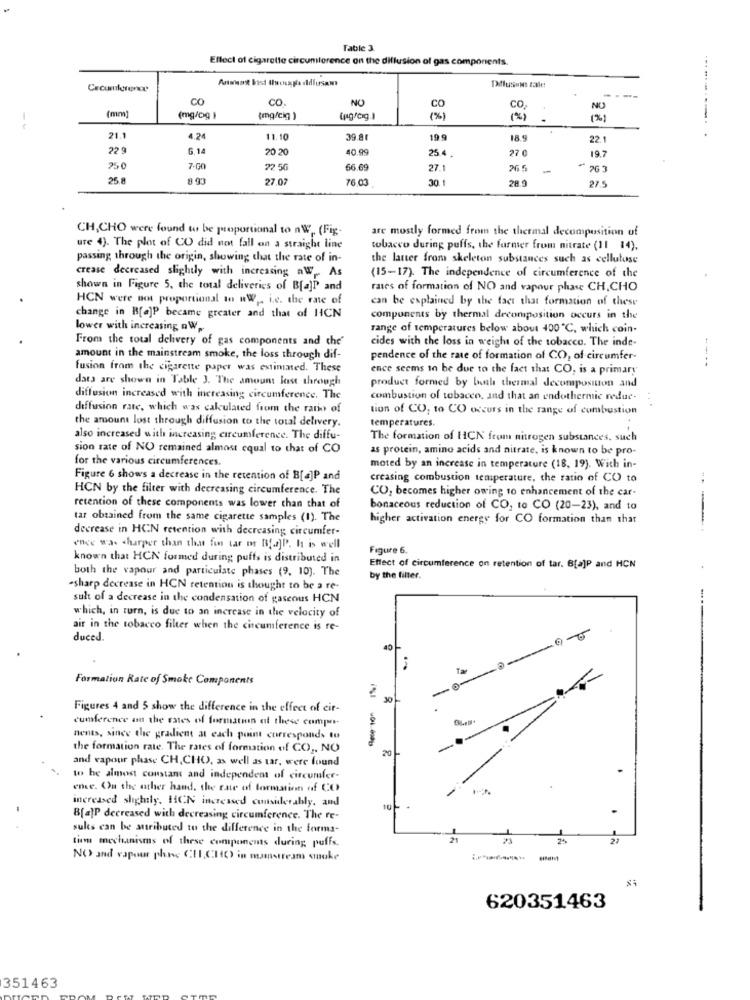
Fable 3
Effect of cigarette circumference on the dillusion of gas components.
Cecumlerence
Pflusson zale!
CO
CO.
NO
(mm
CO
co.
NO
(mg/c)g )
{mg/cig )
(%)
( % )
1%1
-----.
21.1
4.24
11.10
39.81
19.9
18.9
22.1
22 9
6.14
0 20
40.99
25.4.
27 0
19.7
250
7.GO
22 56
66.69
27.1
265
-
25.8
8.93
27.02
76.03
30
28.0
27.5
CH,CHO were found to be proportional to nW ,. (Fig-
are mostly formed from the thermal decomposition of
ure 4). The plot of CO did not fall on a straight line
tobacco during puffs, the farmer from nitrate (11 14).
passing through the origin, showing that the rate of in-
the latter from skeleton substances such as cellulose
crease decreased slightly with increasing aW, As
(15-17). The independence of circumference of the
shown in Figure 5, the total deliveries of B[a]l and
rates of formation of NO and vapour phase CH,CHO
HCN were not proportional to RW . i.c. the rate of
can be explained by the fact that formation of these
change in R[a]P became greater and that of HCN
components by thermal decomposition occurs in the
lower with increasing nW
range of temperatures below about 400 ℃, which coin.
From the total delivery of gas components and che'
cides with the loss in weight of the tobacco. The inde-
amount in the mainstream smoke, the loss through dif-
pendence of the rate of formation of CO, of circumfer-
--..
fusion from the cigarette paper was estimated. These
ence seems to be due to the fact that CO, is a primary
data are shown in Table 3. The amount last through
product formed by boal thermal decomposition and
diffusion increased with increasing circumference. The
combustion of tobacco, and that an endothermic reduc-
...
diffusion rate, which was calculated from the ratio of
tion of CO, to CO occurs in the range of combustion
the amount lost through diffusion to the total delivery.
temperatures.
also increased with increasing circumference. The diffu-
The formation of HCN from nitrogen substances, such
sion rate of NO remained almost equal to that of CO
as protein, amino acids and nitrate, is known to be pro-
for the various circumferences.
moted by an increase in temperature (18, 19). With in-
Figure 6 shows a decrease in the retention of B[4]P and
creasing combustion temperature, the ratio of CO to
HCN by the filter with decreasing circumference. The
CO, becomes higher owing to enhancement of the car-
retention of these components was lower than that of
bonaceous reduction of CO, to CO (20-23), and to
tar obtained from the same cigarette samples (1). The
higher activation energy for CO formation than that
decrease in HCN retention with decreasing circumfer-
ence was sharper than that fin tar or Bfa]P. It is well
Figure 6.
known that HCN formed during puffs is distributed in
both the vapour and particulate phases (9, 10). The
Effect of circumference on retention of tar. B[a]P and HCN
by the filter.
-sharp decrease in HCN retention is thought to be a re-
sult of a decrease in the condensation of gaseous HCN
which, in turn, is due to an increase in the velocity of
air in the tobacco filter when the circumference is re-
duced.
Ta
Formation Rate of Smoke Components
0-
30
Figures 4 and 5 show the difference in the effect of cir-
conference on the rates of formation of these compe-
nents, since the gradient at each point corresponds to
the formation rate. The rates of formation of CO ,, NO
20
and vapour phase CH, CHO, as well as tar, were found
to be almost constam and independent of circumfer-
ence. On the other hand, the rate of formation of CO
-
increased slightly. HON increased considerably, and
10
B[a]P decreased with decreasing circumference. The re-
suks can be attributed to the difference in the forma-
21
24
27
tiem mechanisms of these components during puffs.
NO and vapour phane CLIC340) in munstream smoke
620351463
351463